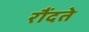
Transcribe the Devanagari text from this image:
रौंदते